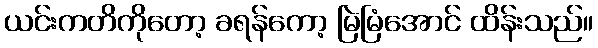
ယင်းကတိကိုတော့ ခရန်ကော့ မြဲမြံအောင် ထိန်းသည်။